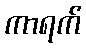
ကာရက်